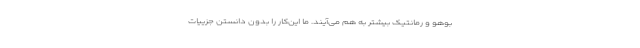
بوهو و رمانتیک بیشتر به هم می‌آیند. ما این‌کار را بدون دانستن جزییات